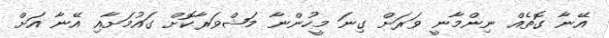
އޭނާ ގޮތެއް ނިންމާނީ ވަރަށް ގިނަ މީހުންނާ މަޝްވަރާކޮށް ގައުމަށާއި އޭނާ އަށް